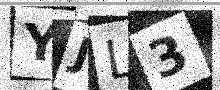
Text: YJL3